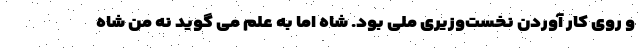
و روی کار آوردن نخست‌وزیری ملی بود. شاه اما به علم می گوید نه من شاه